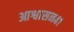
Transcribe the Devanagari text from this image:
आश्वासन४१